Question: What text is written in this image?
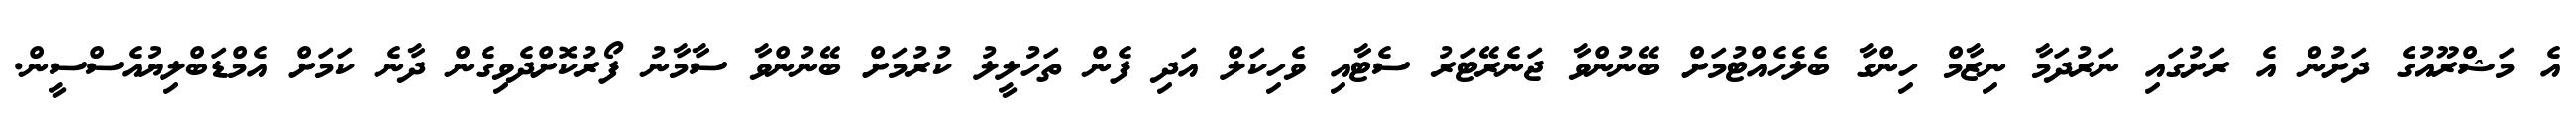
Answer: އެ މަޝްރޫއުގެ ދަށުން އެ ރަށުގައި ނަރުދަމާ ނިޒާމް ހިންގާ ބެލެހެއްޓުމަށް ބޭނުންވާ ޖަނެރޭޓަރު ސެޓާއި ވެހިކަލް އަދި ފެން ތަހުލީލު ކުރުމަށް ބޭނުންވާ ސާމާނު ފޯރުކޮށްދެވިގެން ދާނެ ކަމަށް އެމްޑަބްލިޔުއެސްސީން.